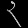
Digit: ၃